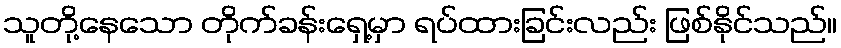
သူတို့နေသော တိုက်ခန်းရှေ့မှာ ရပ်ထားခြင်းလည်း ဖြစ်နိုင်သည်။